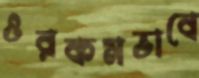
ওরকমভাবে